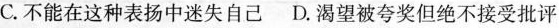
C.不能在这种表扬中迷失自己 D.渴望被夸奖但绝不接受批评